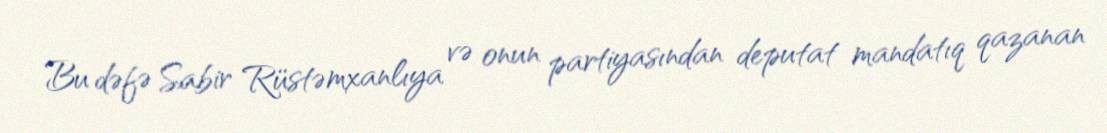
Bu dəfə Sabir Rüstəmxanlıya və onun partiyasından deputat mandatıq qazanan